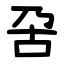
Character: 呄